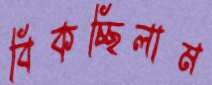
বিকচ্ছিলাম